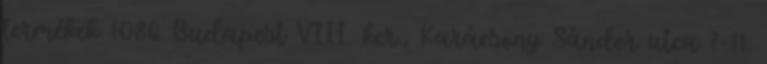
termékek 1086 Budapest VIII. ker., Karácsony Sándor utca 7-11.